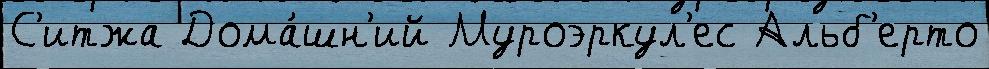
С'итжа Дома́шн'ий Муроэркул'ес Альб'ерто